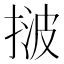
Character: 𢯠